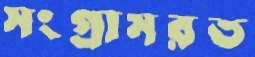
সংগ্রামরত